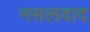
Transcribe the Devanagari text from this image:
नसलवाद